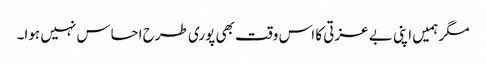
مگر ہمیں اپنی بے عزتی کا اس وقت بھی پوری طرح احساس نہیں ہوا۔